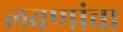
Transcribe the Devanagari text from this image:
लवणांचा